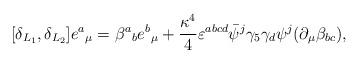
LaTeX: \begin{align*}[\delta_{L_{1}}, \delta_{L_{2}}] e{^a}_{\mu}= \beta{^a}_b e{^b}_{\mu}+ {\kappa^{4} \over 4} \varepsilon^{abcd} \bar{\psi}{^j}\gamma_5 \gamma_d \psi{^j}(\partial_{\mu} \beta_{bc}),\end{align*}